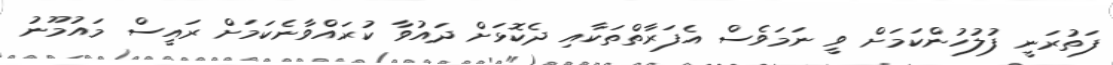
ފަތުރަނީ ފުލުހުންކަމަށް ވީ ނަމަވެސް އެފަރާތްތަކާއި ދެކޮޅަށް ދައުވާ ކުރައްވާނެކަމަށް ރައީސް މައުމޫނު